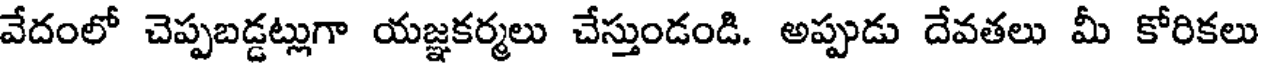
వేదంలో చెప్పబడ్డట్లుగా యజ్ఞకర్మలు చేస్తుండండి. అప్పుడు దేవతలు మీ కోరికలు